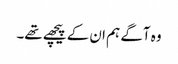
وہ آگے ہم ان کے پیچھے تھے۔